255_413270_UFO's_and_Defense_What_Should_we_Prepare_For
Agency: NASA
Page 16
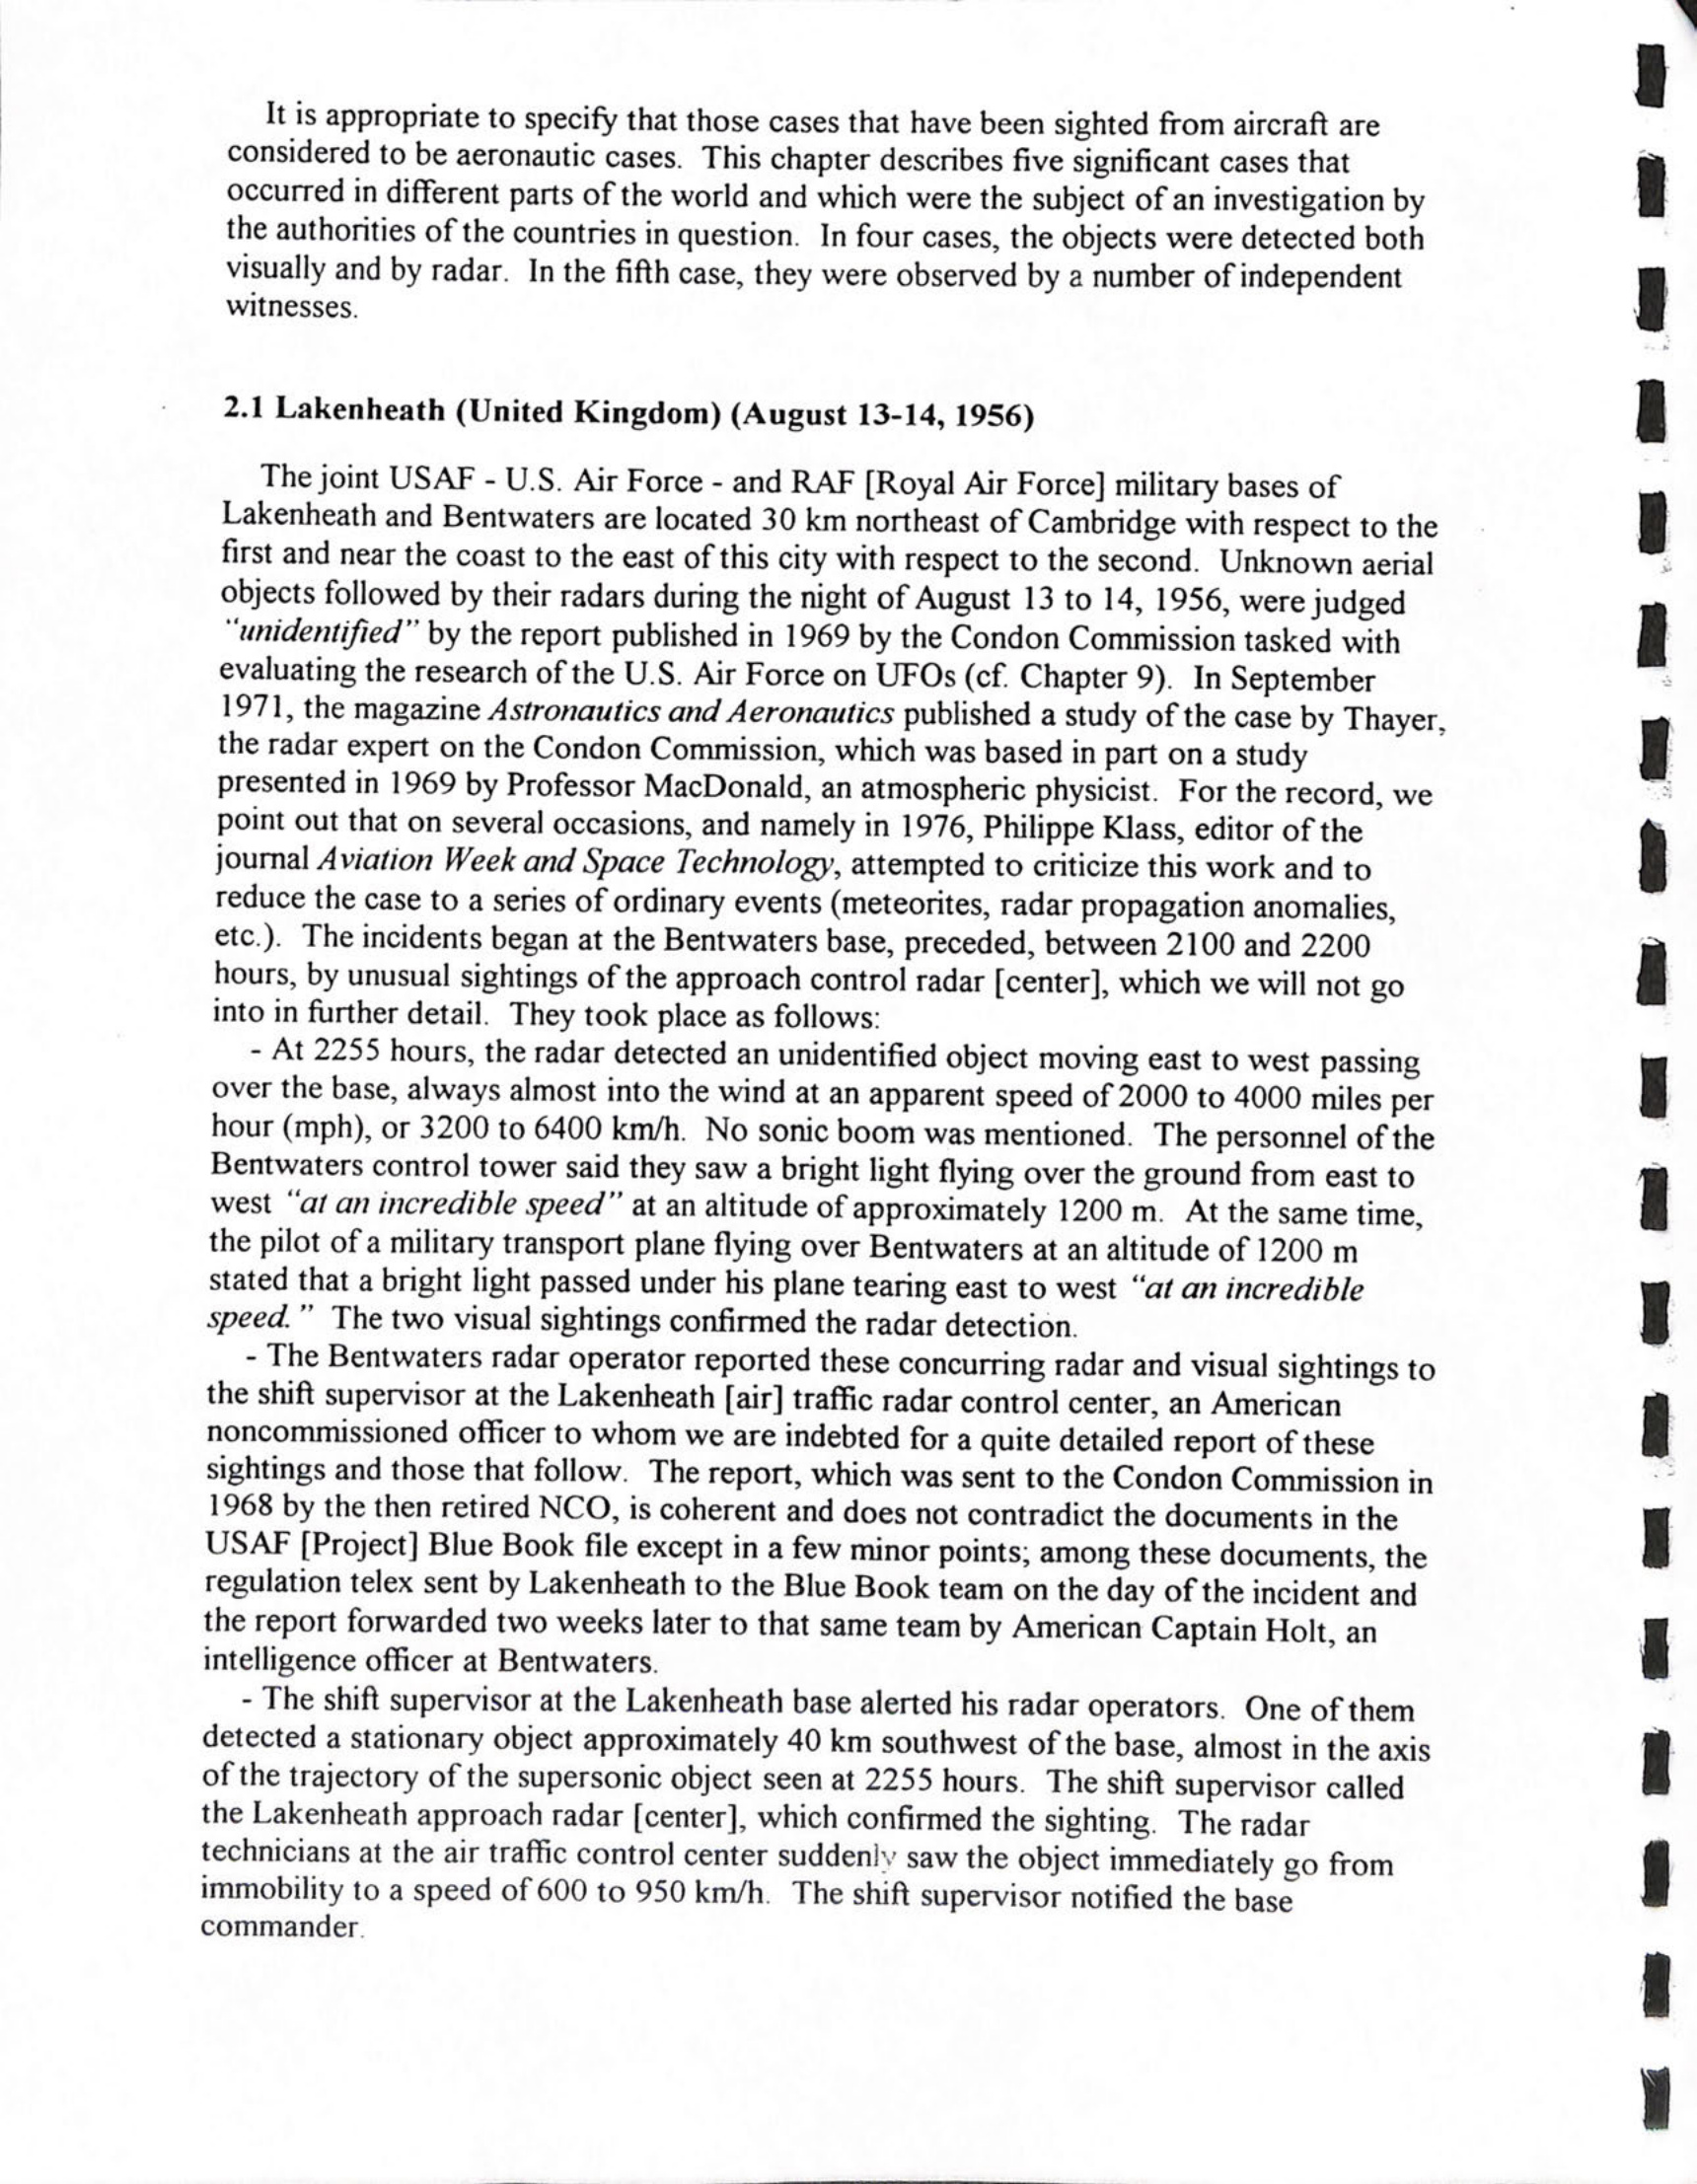